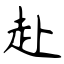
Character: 赴